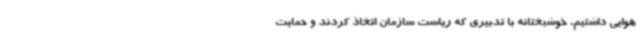
هوایی داشتیم. خوشبختانه با تدبیری که ریاست سازمان اتخاذ کردند و حمایت